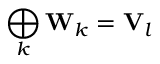
\bigoplus _ { k } \mathbf { W } _ { k } = \mathbf { V } _ { l }